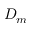
D _ { m }